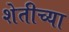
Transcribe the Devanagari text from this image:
शेतीच्‍या